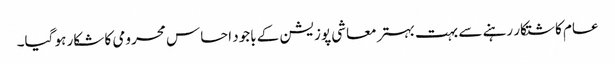
عام کاشتکار رہنے سے بہت بہتر معاشی پوزیشن کے باجود احساس محرومی کا شکار ہو گیا۔